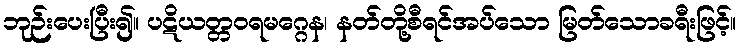
ဘုဉ်းပေးပြီး၍။ ပဋိယတ္တဝရမဂ္ဂေန၊ နတ်တို့စီရင်အပ်သော မြတ်သောခရီးဖြင့်။